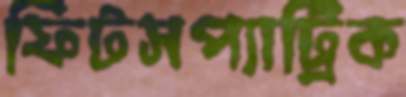
ফিটসপ্যাট্রিক